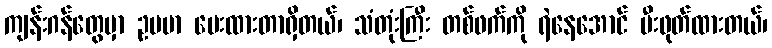
ကျန်းဂန်တွေမှာ ဥပမာ ပေးထားတာရှိတယ်၊ သံတုံးကြီး တစ်ဖက်ကို ရဲနေအောင် မီးဖုတ်ထားတယ်၊